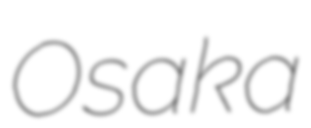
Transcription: Osaka